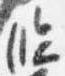
臨